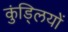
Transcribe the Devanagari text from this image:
कुंड्लियों